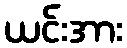
ယင်းအား